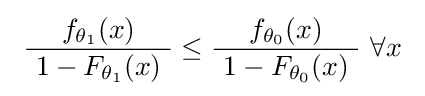
\ {\frac {f_{\theta _{1}}(x)}{\ 1-F_{\theta _{1}}(x)\ }}\leq {\frac {f_{\theta _{0}}(x)}{\ 1-F_{\theta _{0}}(x)\ }}~\forall x\